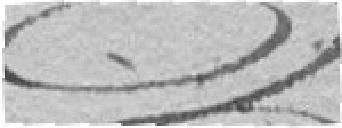
signature?,